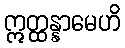
ဣတ္ထန္နာမေဟိ